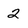
Character: 2